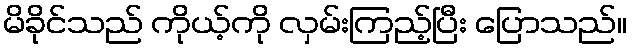
မိခိုင်သည် ကိုယ့်ကို လှမ်းကြည့်ပြီး ပြောသည်။